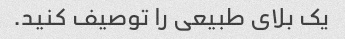
یک بلای طبیعی را توصیف کنید.